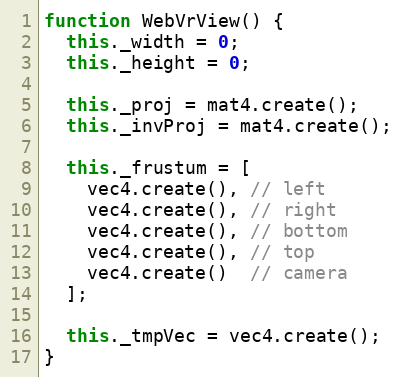
Language: JavaScript
function WebVrView() {
  this._width = 0;
  this._height = 0;

  this._proj = mat4.create();
  this._invProj = mat4.create();

  this._frustum = [
    vec4.create(), // left
    vec4.create(), // right
    vec4.create(), // bottom
    vec4.create(), // top
    vec4.create()  // camera
  ];

  this._tmpVec = vec4.create();
}